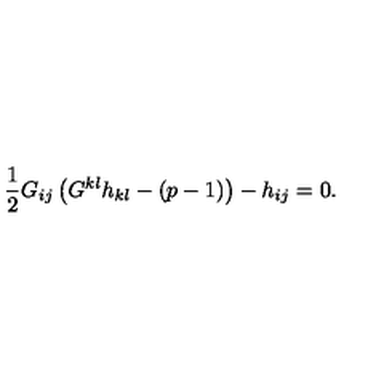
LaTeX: \frac { 1 } { 2 } G _ { i j } \left( G ^ { k l } h _ { k l } - ( p - 1 ) \right) - h _ { i j } = 0 .